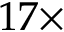
1 7 \times